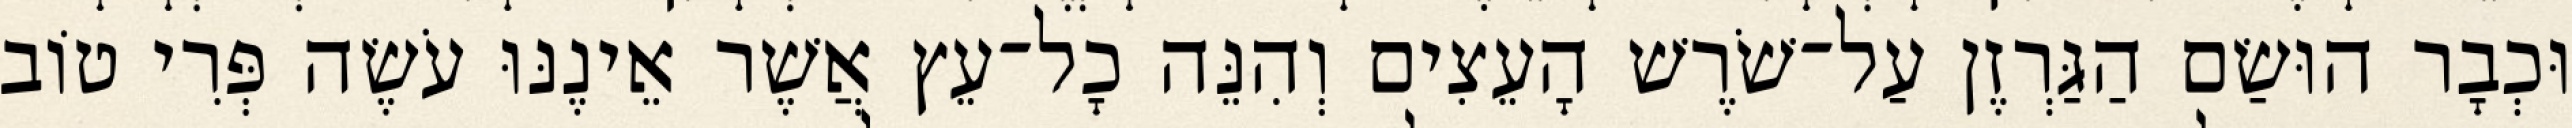
וּכְבָר הוּשַׂם הַגַּרְזֶן עַל־שֹׁרֶשׁ הָעֵצִים וְהִנֵּה כָל־עֵץ אֲשֶׁר אֵינֶנּוּ עֹשֶׂה פְּרִי טוֹב